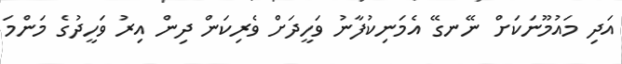
އަދި މައުމޫނަކަށް ނޭނގޭ އެމަނިކުފާނު ވަހީދަށް ވެރިކަން ދިން އިރު ވަހީދުގެ މަންމަ